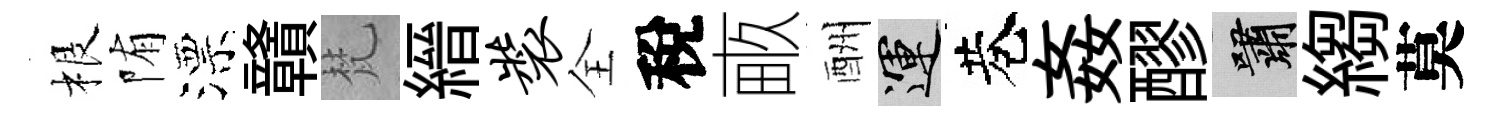
根陏漂贛梵縉装全稅畞酬運巷姦醪嘯縐莫